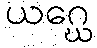
ယဂ္ဃေ